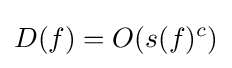
D(f)=O(s(f)^{c})